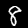
Label: 8